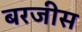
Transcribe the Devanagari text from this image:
बरजीस